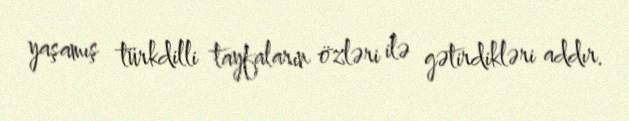
yaşamış türkdilli tayfaların özləri ilə gətirdikləri addır.